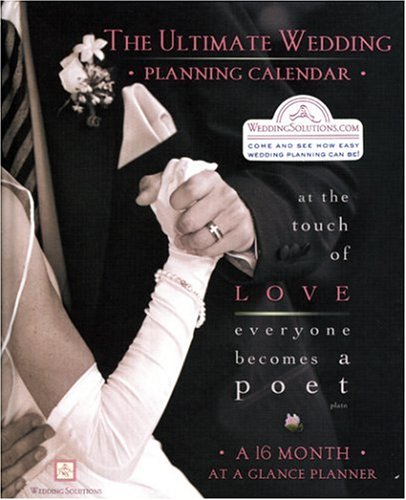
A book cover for The Ultimate Wedding Planning Calendar: A 16-Month Organizer for Brides; Alex Lluch; Crafts, Hobbies & Home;